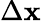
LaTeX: \Delta\mathbf{x}